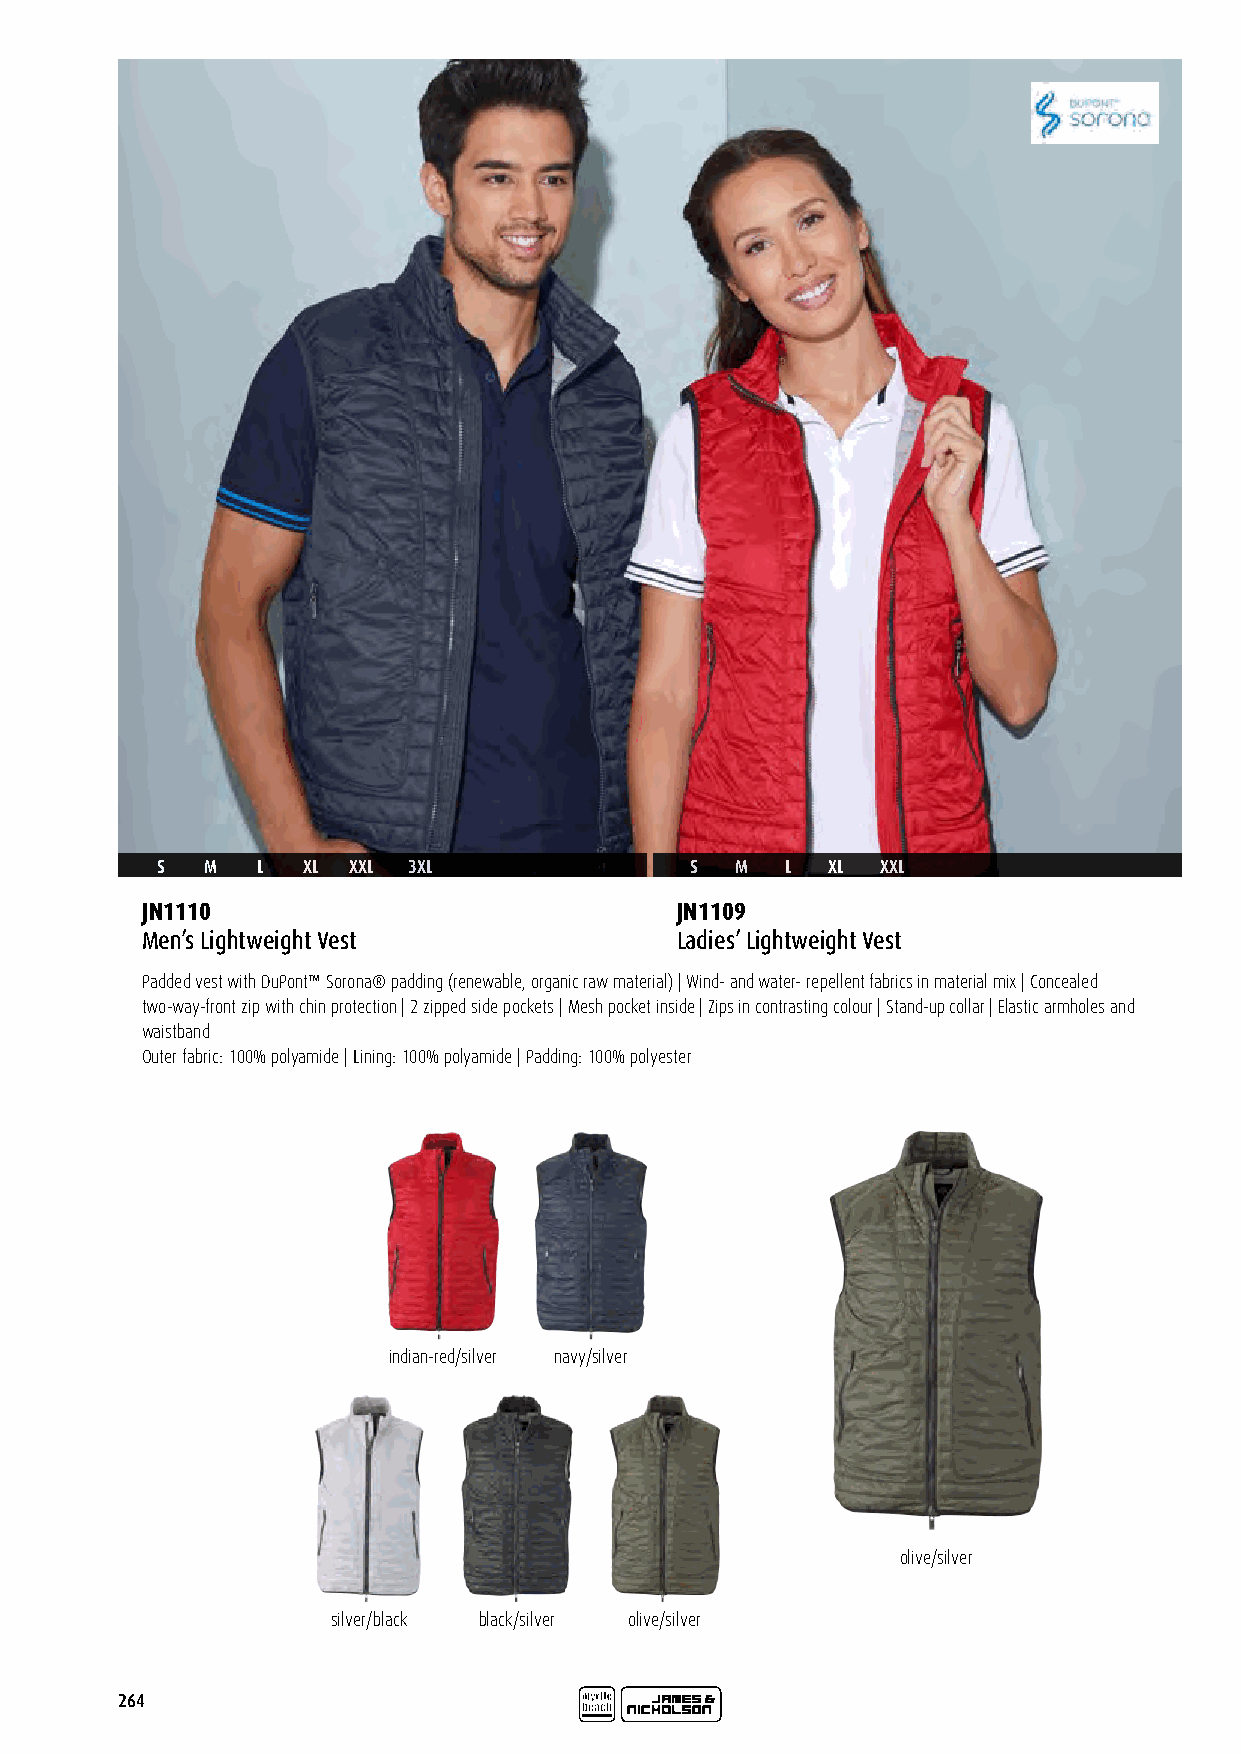
S   M  L  XL XXL 3XL                S  M  L  XL XXL
 JN1110                              JN1109
 Men’s Lightweight Vest              Ladies’ Lightweight Vest
 Padded vest with DuPont™ Sorona® padding (renewable, organic raw material) | Wind- and water- repellent fabrics in material mix | Concealed
 two-way-front zip with chin protection | 2 zipped side pockets | Mesh pocket inside | Zips in contrasting colour | Stand-up collar | Elastic armholes and
 waistband
 Outer fabric: 100% polyamide | Lining: 100% polyamide | Padding: 100% polyester
 indian-red/silver navy/silver
 olive/silver
 silver/black black/silver olive/silver
 264